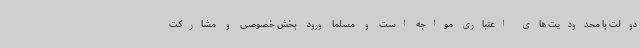
دولت با محدودیت های اعتباری مواجه است و مسلما ورود بخش خصوصی و مشارکت